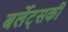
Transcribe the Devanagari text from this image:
बर्लेट्सकी